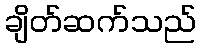
ချိတ်ဆက်သည်